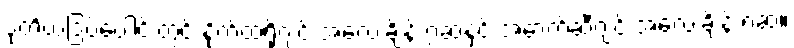
ဒုတိယဒြပ်ပေါင်းတွင် နိုက်ထရိုဂျင် အလေးချိန် ၇ဆနှင့် အောက်ဆီဂျင် အလေးချိန် ၈ဆ။